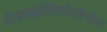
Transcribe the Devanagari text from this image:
डीहाइड्रोटेस्टोस्टेरोन